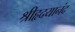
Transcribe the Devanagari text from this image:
श्रीहृदयानंद